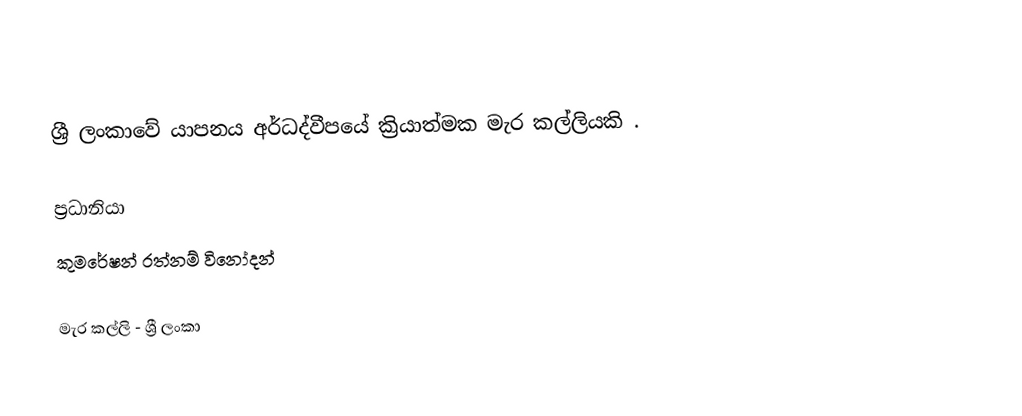
ශ්‍රී ලංකාවේ යාපනය අර්ධද්වීපයේ ක්‍රියාත්මක මැර කල්ලියකි .

ප්‍රධානියා
කුමරේෂන් රත්නම් විනෝදන්

මැර කල්ලි - ශ්‍රී ලංකා